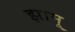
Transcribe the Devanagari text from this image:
झामू